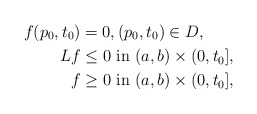
\begin{align*} f(p_0,t_0)&=0, (p_0,t_0) \in D,\\ Lf &\leq 0 \mbox{ in } (a,b)\times (0,t_0],\\ f &\geq 0 \mbox{ in } (a,b)\times (0,t_0], \end{align*}